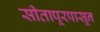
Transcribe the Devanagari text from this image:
सीतापूरपासून